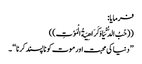
فرمایا:
((حُبُ الدُّنْیَا وَکَرَاھِیَةُ الْمَوْتِ ))
’’ دنیا کی محبت اور موت کو ناپسند کرنا ‘‘ ۔